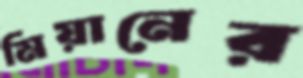
মিয়ানের